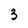
Character: 3